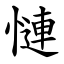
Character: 慩